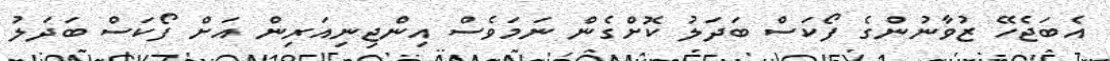
އެބަޖެހޭ ޒުވާނުންގެ ފޯކަސް ބަދަލު ކޮށްގެން ނަމަވެސް އިންޖިނިއަރިން އަށް ފޯކަސް ބަދަލު